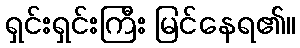
ရှင်းရှင်းကြီး မြင်နေရ၏။